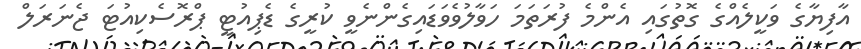
އާފިޔާގެ ވަކީލެއްގެ ގޮތުގައި އެންމެ ފުރަތަމަ ހަވާލުވެވަޑައިގެންނެވީ ކުރީގެ ޑެޕިއުޓީ ޕްރޮސެކިއުޓަ ޖެނަރަލް